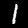
Label: 1